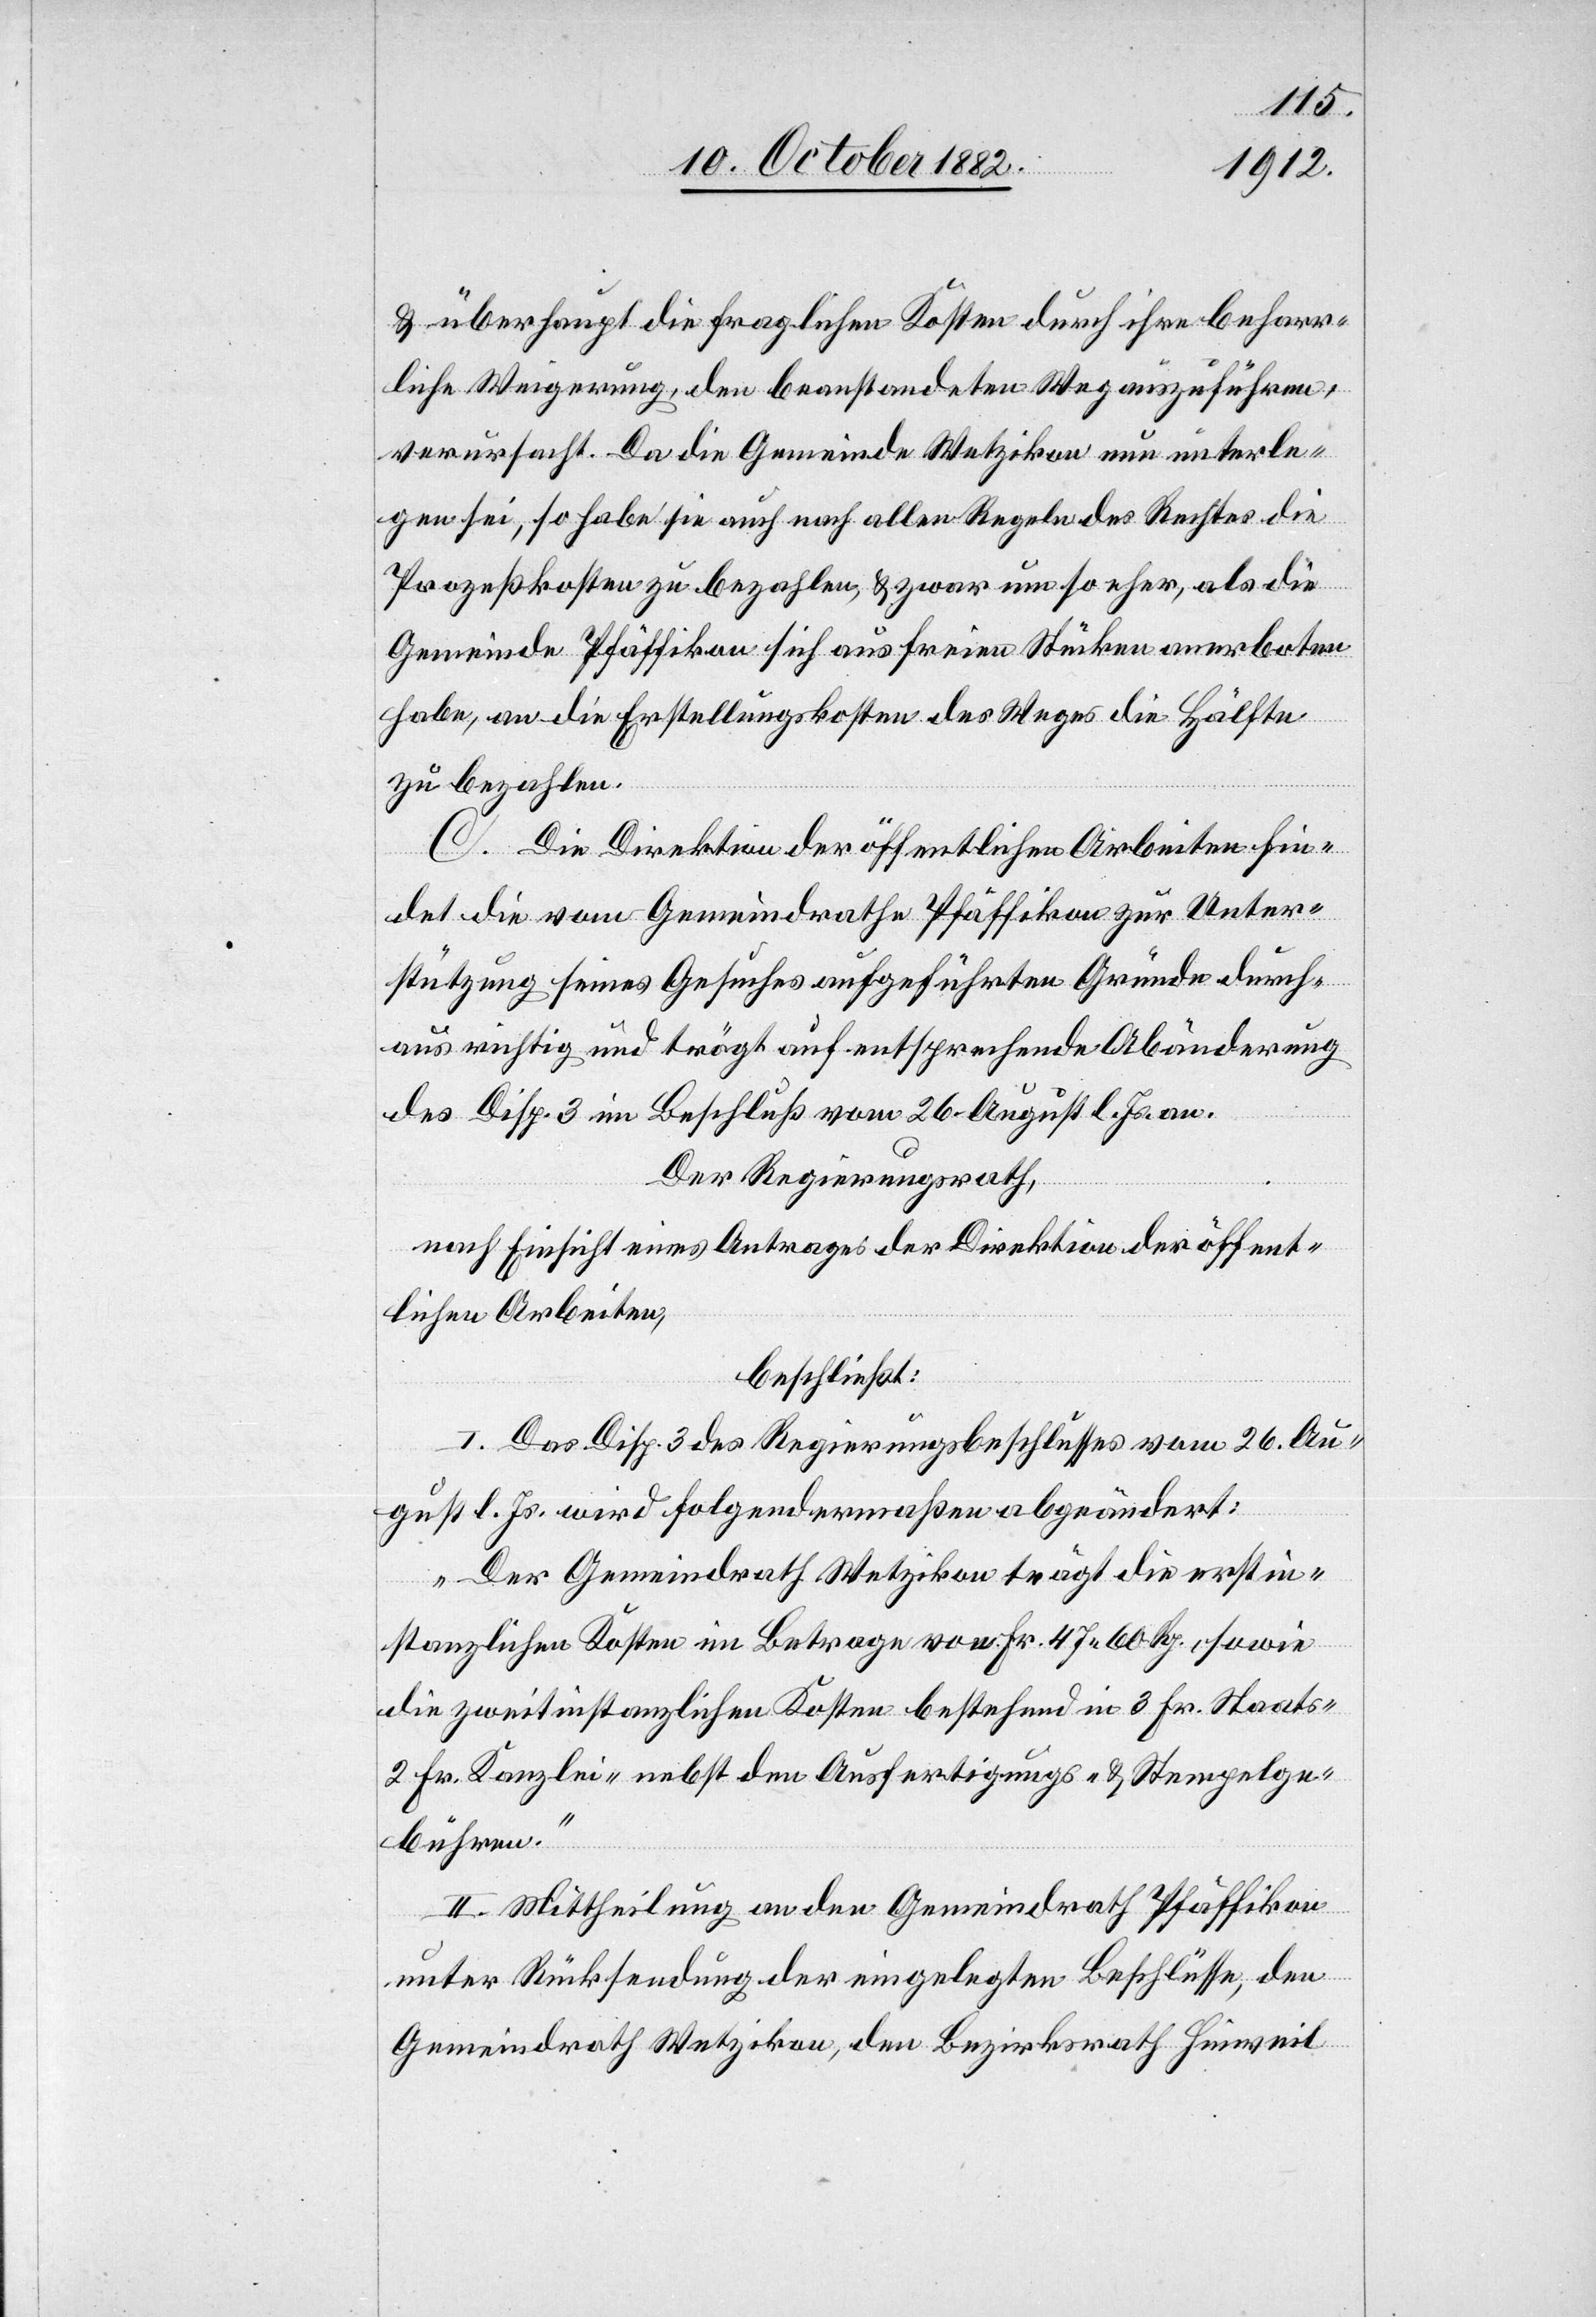
& überhaupt die fraglichen Kosten durch ihre beharr¬
liche Weiterung, den beanstandeten Weg auszuführen,
verursacht. Da die Gemeinde Wetzikon nun unterle¬
gen sei, so habe sie auch nach allen Regeln des Rechtes die
Prozeßkosten zu bezahlen, & zwar um so eher, als die
Gemeinde Pfäffikon sich auf freien Stücken anerboten
habe, an die Erstellungskosten des Weges die Hälfte
zu bezahlen.
C. Die Direktion der öffentlichen Arbeiten fin¬
det die vom Gemeindrathe Pfäffikon zur Unter¬
stützung seines Gesuches aufgeführten Gründe durch¬
aus richtig und trägt auf entsprechende Abänderung
des Disp. 3 im Beschluß vom 26. August l. Js. an.
Der Regierungsrath,
nach Einsicht eines Antrages der Direktion der öffent¬
lichen Arbeiten,
beschließt:
I. Das Disp. 3 des Regierungsbeschlusses vom 26. Au¬
gust l. Js. wird folgendermaßen abgeändert:
„Der Gemeindrath Wetzikon trägt die erstin¬
stanzlichen Kosten im Betrage von Fr. 47 60 Rp., sowie
die zweitinstanzlichen Kosten bestehend in 3 Fr. Staats-
2 Fr. Kanzlei- nebst den Ausfertigungs- & Stempelge¬
bühren.“
II. Mittheilung an den Gemeindrath Pfäffikon
unter Rücksendung der eingelegten Beschlüsse, den
Gemeindrath Wetzikon, den Bezirksrath Hinweil